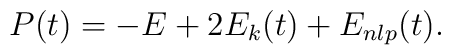
P(t)=-E+2E_k(t)+E_{nlp}(t).